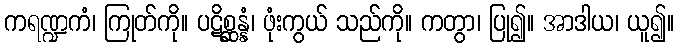
ကရဏ္ဍကံ၊ ကြုတ်ကို။ ပဋိစ္ဆန္နံ၊ ဖုံးကွယ် သည်ကို။ ကတွာ၊ ပြု၍။ အာဒါယ၊ ယူ၍။